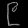
Digit: ၉